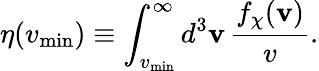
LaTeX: \eta(v_{\mathrm{min}})\equiv\int_{v_{\mathrm{min}}}^{\infty}d^{3}\mathbf{v}\, \frac{f_{\chi}(\mathbf{v})}{v}.